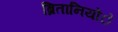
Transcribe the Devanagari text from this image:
ब्रितानियोंें